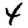
Digit: 4